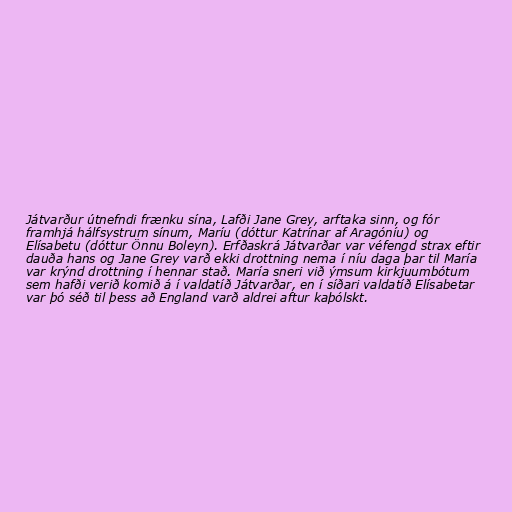
Játvarður útnefndi frænku sína, Lafði Jane Grey, arftaka sinn, og fór
framhjá hálfsystrum sínum, Maríu (dóttur Katrínar af Aragóníu) og
Elísabetu (dóttur Önnu Boleyn). Erfðaskrá Játvarðar var véfengd strax eftir
dauða hans og Jane Grey varð ekki drottning nema í níu daga þar til María
var krýnd drottning í hennar stað. María sneri við ýmsum kirkjuumbótum
sem hafði verið komið á í valdatíð Játvarðar, en í síðari valdatíð Elísabetar
var þó séð til þess að England varð aldrei aftur kaþólskt.